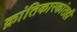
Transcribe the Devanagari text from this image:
क्रांतिकारकांतही